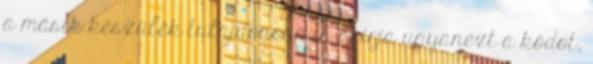
a másik készülék tulajdonosa is beírja ugyanezt a kódot,